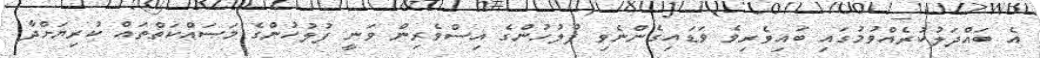
އެ ބައްދަލުކުރެއްވުމުގައި ބައިވެރިވެ ވަޑައިގެންނެވި ފުލުހުންގެ އިސްވެރިން ވަނީ ފުލުހުންގެ މަސައްކަތްތައް ކުރިޔަށްދާ